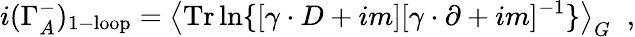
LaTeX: i(\Gamma_{A}^{-})_{1-\mathrm{loop}}=\left\langle\mathrm{Tr}\ln\{ [\gamma\cdot D+im][\gamma\cdot\partial+im]^{-1}\} \right\rangle_{G}\; \; ,